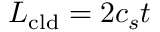
L _ { \mathrm { c l d } } = 2 c _ { s } t